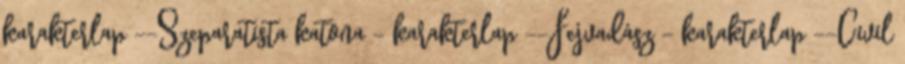
karakterlap --Szeparatista katona - karakterlap --Fejvadász - karakterlap --Civil